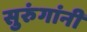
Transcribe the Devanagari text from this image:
सुरुंगांनी